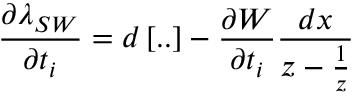
\frac { \partial \lambda _ { S W } } { \partial t _ { i } } = d \left[ . . \right] - \frac { \partial W } { \partial t _ { i } } \frac { d x } { z - \frac { 1 } { z } }